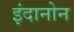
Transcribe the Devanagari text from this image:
इंदानोन